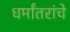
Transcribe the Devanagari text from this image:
धर्मांतरांचे